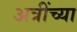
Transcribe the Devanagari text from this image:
अत्रींच्या